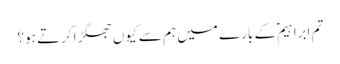
تم ابراہیمؑ کے بارے میں ہم سے کیوں جھگڑا کرتے ہو؟